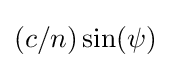
(c/n)\sin(\psi )